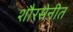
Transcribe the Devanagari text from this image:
शौरसेनीत